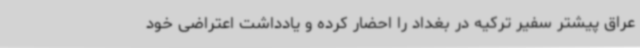
عراق پیشتر سفیر ترکیه در بغداد را احضار کرده و یادداشت اعتراضی خود